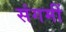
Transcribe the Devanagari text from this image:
संगमीं